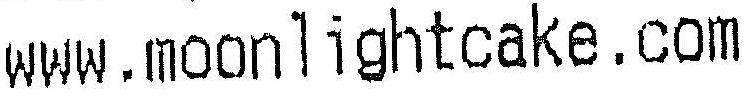
WWW.MOONLIGHTCAKE.COM